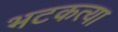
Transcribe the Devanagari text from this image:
भटकत्या